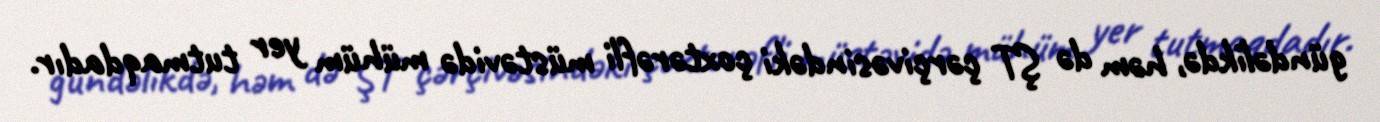
gündəlikdə, həm də ŞT çərçivəsindəki çoxtərəfli müstəvidə mühüm yer tutmaqdadır.